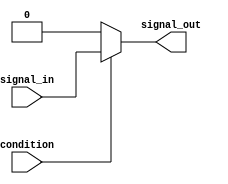
module continuous_assignment (
    input wire condition,
    input wire signal_in,
    output reg signal_out
);

always @(*) begin
    if (condition == 1'b1) begin
        signal_out = signal_in;
    end else begin
        signal_out = 1'b0;
    end
end

endmodule